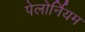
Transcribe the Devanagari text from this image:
पेलोर्नियम